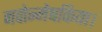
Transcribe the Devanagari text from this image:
नवोन्मेषकिया।